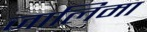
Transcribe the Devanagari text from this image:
जालिमा